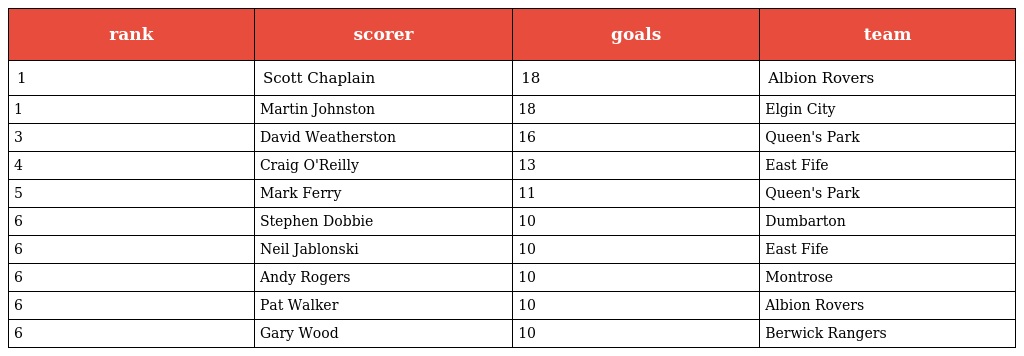
| rank | scorer | goals | team |
 | --- | --- | --- | --- |
 | 1 | Scott Chaplain | 18 | Albion Rovers |
 | 1 | Martin Johnston | 18 | Elgin City |
 | 3 | David Weatherston | 16 | Queen's Park |
 | 4 | Craig O'Reilly | 13 | East Fife |
 | 5 | Mark Ferry | 11 | Queen's Park |
 | 6 | Stephen Dobbie | 10 | Dumbarton |
 | 6 | Neil Jablonski | 10 | East Fife |
 | 6 | Andy Rogers | 10 | Montrose |
 | 6 | Pat Walker | 10 | Albion Rovers |
 | 6 | Gary Wood | 10 | Berwick Rangers |